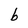
Character: b